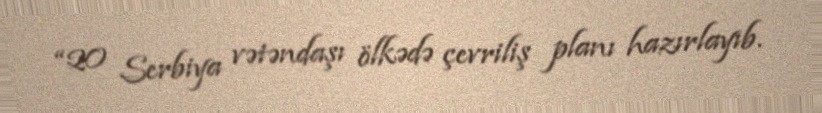
“20 Serbiya vətəndaşı ölkədə çevriliş planı hazırlayıb.